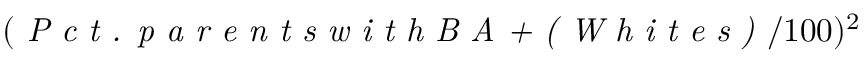
( \textit { P c t . p a r e n t s w i t h B A + ( W h i t e s ) } / 1 0 0 ) ^ { 2 }